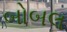
બોબલ